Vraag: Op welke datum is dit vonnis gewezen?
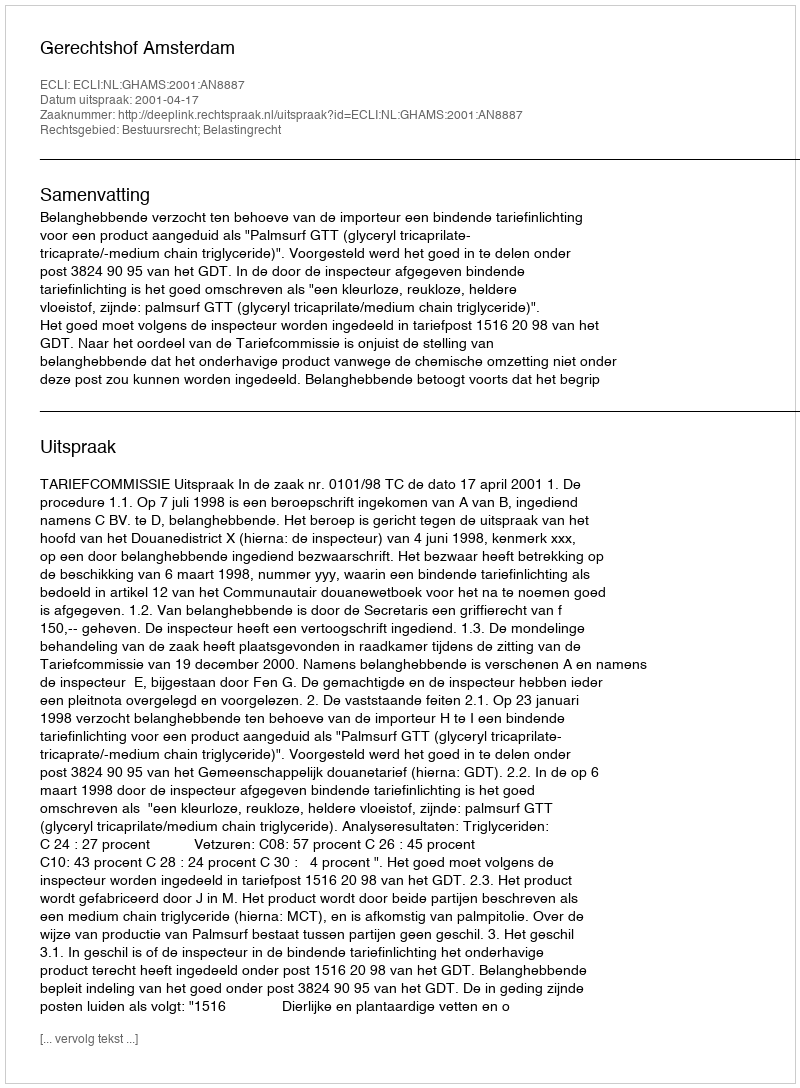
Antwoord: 2001-04-17